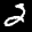
Label: 2